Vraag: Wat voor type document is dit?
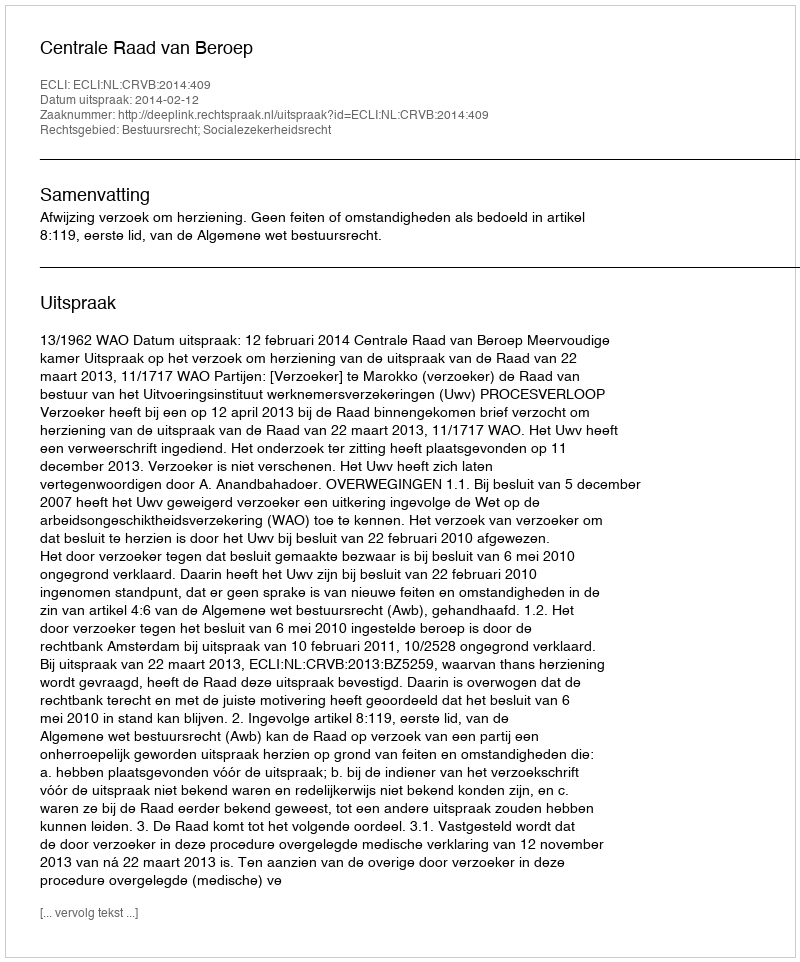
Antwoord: Uitspraak